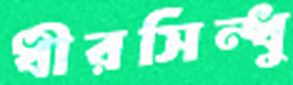
ধীরসিন্ধু